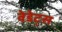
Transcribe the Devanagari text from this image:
वेडेट्स